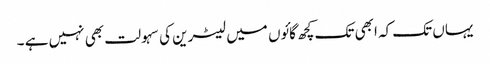
یہاں تک کہ ابھی تک کچھ گائوں میں لیٹرین کی سہولت بھی نہیں ہے ۔